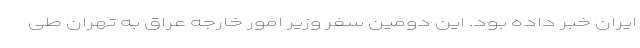
ایران خبر داده بود. این دومین سفر وزیر امور خارجه عراق به تهران طی